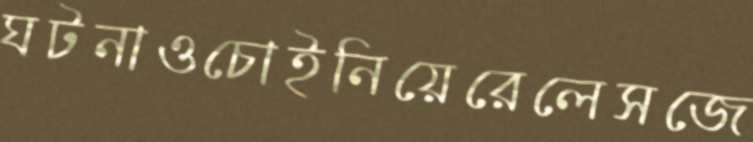
ঘটনাওচোইনিয়েরেলেসজে